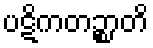
ပဋိကတဉ္စာတိ